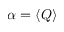
\alpha = \langle Q \rangle